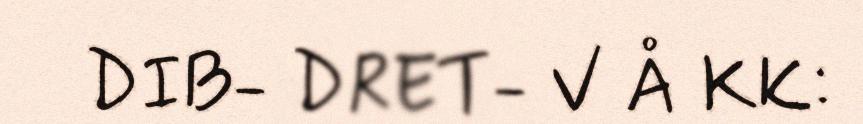
DIB- DRET- V Å KK: